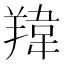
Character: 䍷